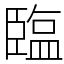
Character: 𦣪